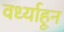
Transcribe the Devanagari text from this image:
वर्ध्याहून